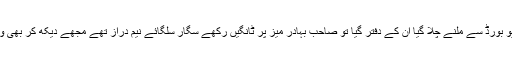
جناب وزیر اعلی میں کسی کام کے سلسلہ میں ممبر ریونیو بورڈ سے ملنے چلا گیا ان کے دفتر گیا تو صاحب بہادر میز پر ٹانگیں رکھے سگار سلگائے نیم دراز تھے مجھے دیکھ کر بھی وہ ٹس سے مس نہیں ہوئے اور الٹا بدتمیزی سے پیش آئے۔